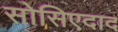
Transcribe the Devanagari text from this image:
सोसिएदाद